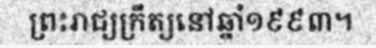
ព្រះរាជ្យក្រឹត្យនៅឆ្នាំ១៩៩៣។